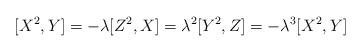
LaTeX: \begin{align*}[X^2,Y] = -\lambda [Z^2,X] = \lambda^2 [Y^2,Z] = -\lambda^3 [X^2,Y]\end{align*}